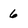
Character: 6